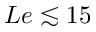
L e \lesssim 1 5